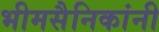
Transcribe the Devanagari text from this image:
भीमसैनिकांनी